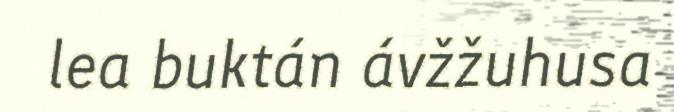
lea buktán ávžžuhusa